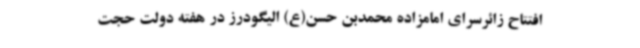
افتتاح زائرسرای امامزاده محمدبن حسن(ع) الیگودرز در هفته دولت حجت